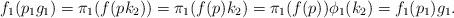
LaTeX: \begin{align*} f_1(p_1g_1)=\pi_1(f(pk_2))=\pi_1(f(p)k_2)=\pi_1(f(p))\phi_1(k_2)=f_1(p_1)g_1. \end{align*}